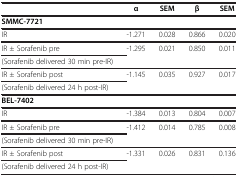
|  | α | SEM | β | SEM |
 | --- | --- | --- | --- | --- |
 | <COLSPAN=5> SMMC-7721 |
 | IR | -1.271 | 0.028 | 0.866 | 0.020 |
 | IR ± Sorafenib pre | <ROWSPAN=2> -1.295 | <ROWSPAN=2> 0.021 | <ROWSPAN=2> 0.850 | <ROWSPAN=2> 0.011 |
 | (Sorafenib delivered 30 min pre-IR) |
 | IR ± Sorafenib post | <ROWSPAN=2> -1.145 | <ROWSPAN=2> 0.035 | <ROWSPAN=2> 0.927 | <ROWSPAN=2> 0.017 |
 | (Sorafenib delivered 24 h post-IR) |
 | <COLSPAN=5> BEL-7402 |
 | IR | -1.384 | 0.013 | 0.804 | 0.007 |
 | IR ± Sorafenib pre | <ROWSPAN=2> -1.412 | <ROWSPAN=2> 0.014 | <ROWSPAN=2> 0.785 | <ROWSPAN=2> 0.008 |
 | (Sorafenib delivered 30 min pre-IR) |
 | IR ± Sorafenib post | <ROWSPAN=2> -1.331 | <ROWSPAN=2> 0.026 | <ROWSPAN=2> 0.831 | <ROWSPAN=2> 0.136 |
 | (Sorafenib delivered 24 h post-IR) |